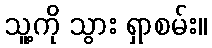
သူ့ကို သွား ရှာစမ်း။